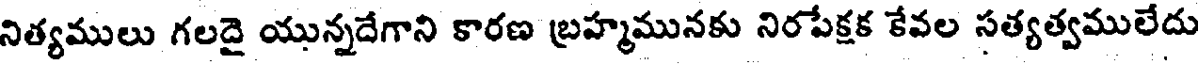
నిత్యములు గలదై యున్నదేగాని కారణ బ్రహ్మమునకు నిరపేక్షక కేవల సత్యత్వములేదు